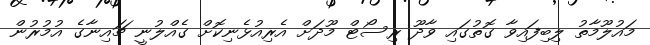
މައުލޫމާތު ލިބިފައިވާ ގޮތުގައި ވާދޫ ރިސޯޓް މޫދަށް އެރިއުޅެނިކޮށް ގެއްލުނީ ޗައިނާގެ އުމުރުން